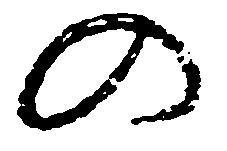
の